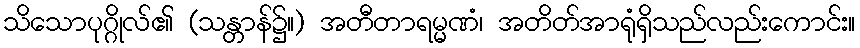
သိသောပုဂ္ဂိုလ်၏ (သန္တာန်၌။) အတီတာရမ္မဏံ၊ အတိတ်အာရုံရှိသည်လည်းကောင်း။